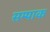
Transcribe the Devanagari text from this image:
सम्पाक